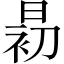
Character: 𱢎